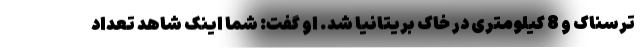
ترسناک و 8 کیلومتری در خاک بریتانیا شد. او گفت: شما اینک شاهد تعداد